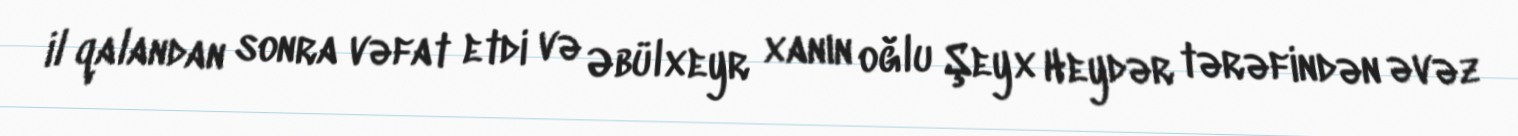
il qalandan sonra vəfat etdi və Əbülxeyr xanın oğlu Şeyx Heydər tərəfindən əvəz